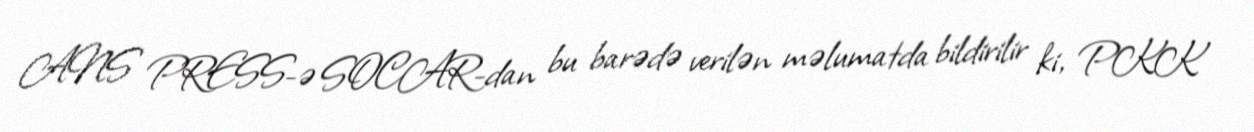
ANS PRESS-ə SOCAR-dan bu barədə verilən məlumatda bildirilir ki, PKK